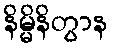
နိမ္မိနိတွာန